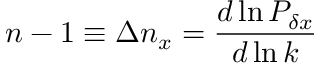
n - 1 \equiv \Delta n _ { x } = { \frac { d \ln { \cal P } _ { \delta x } } { d \ln k } }